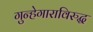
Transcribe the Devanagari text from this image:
गुन्हेगाराविरुद्ध